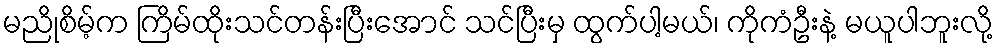
မညိုစိမ့်က ကြိမ်ထိုးသင်တန်းပြီးအောင် သင်ပြီးမှ ထွက်ပါ့မယ်၊ ကိုကံဦးနဲ့ မယူပါဘူးလို့